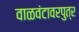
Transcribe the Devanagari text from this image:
वाळवंटावरपुत्र